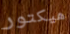
هيكتور